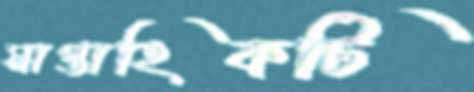
সাপ্তাহিকটি